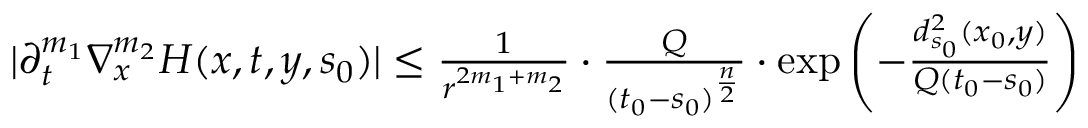
\begin{array} { r } { | \partial _ { t } ^ { m _ { 1 } } \nabla _ { x } ^ { m _ { 2 } } H ( x , t , y , s _ { 0 } ) | \le \frac { 1 } { r ^ { 2 m _ { 1 } + m _ { 2 } } } \cdot \frac { Q } { ( t _ { 0 } - s _ { 0 } ) ^ { \frac n 2 } } \cdot \exp \left( - \frac { d _ { s _ { 0 } } ^ { 2 } ( x _ { 0 } , y ) } { Q ( t _ { 0 } - s _ { 0 } ) } \right) } \end{array}